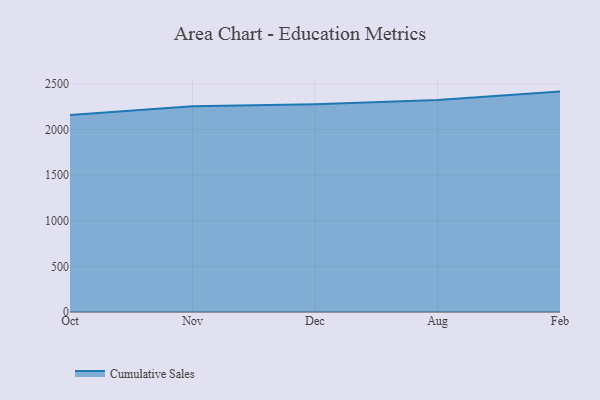
{"axis": {"x": "Month", "y": "Operating Costs (USD K)"}, "legend": ["Cumulative Sales"], "data": [{"x": "Oct", "y": 2160.1, "type": "Cumulative Sales"}, {"x": "Nov", "y": 2256.4, "type": "Cumulative Sales"}, {"x": "Dec", "y": 2276.7, "type": "Cumulative Sales"}, {"x": "Aug", "y": 2324.5, "type": "Cumulative Sales"}, {"x": "Feb", "y": 2415.6, "type": "Cumulative Sales"}]}